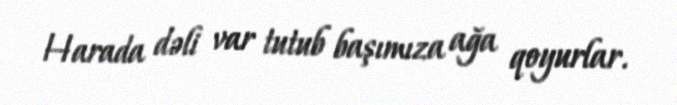
Harada dəli var tutub başımıza ağa qoyurlar.